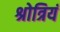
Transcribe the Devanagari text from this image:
श्रोत्रियं